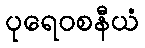
ပုရေဝစနီယံ